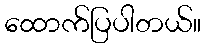
ထောက်ပြပါတယ်။